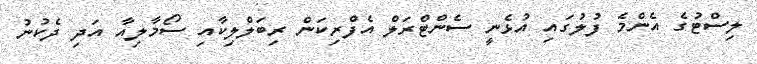
ލިސްޓުގެ އެންމެ ފުލުގައި އުޅެނީ ސެންޓްރަލް އެފްރިކަން ރިބަލްލިކާއި ސޯމާލިއާ އަދި ދެކުނު